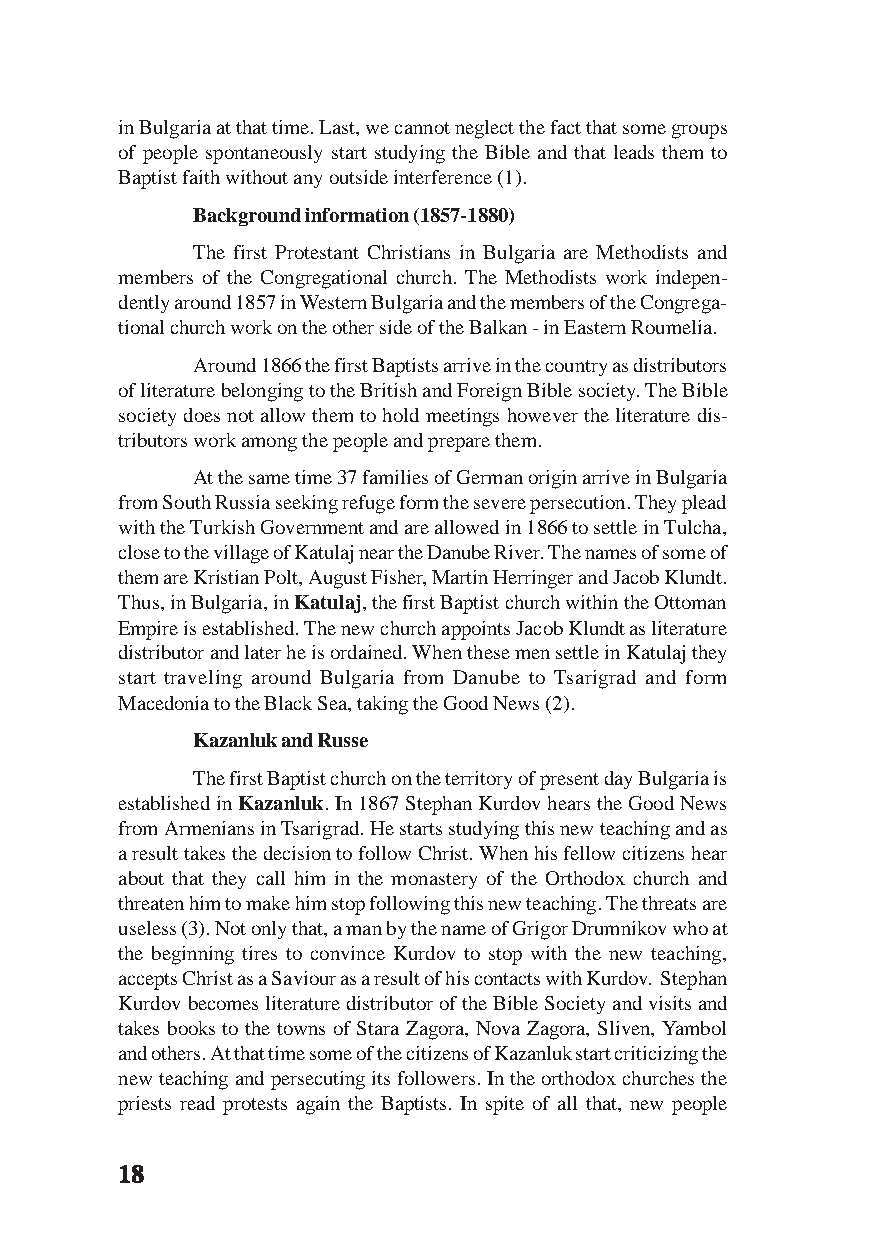
in Bulgaria at that time. Last, we cannot neglect the fact that some groups
 of people spontaneously start studying the Bible and that leads them to
 Baptist faith without any outside interference (1).
 Background information (1857-1880)
 The first Protestant Christians in Bulgaria are Methodists and
 members of the Congregational church. The Methodists work indepen-
 dently around 1857 in Western Bulgaria and the members of the Congrega-
 tional church work on the other side of the Balkan - in Eastern Roumelia.
 Around 1866 the first Baptists arrive in the country as distributors
 of literature belonging to the British and Foreign Bible society. The Bible
 society does not allow them to hold meetings however the literature dis-
 tributors work among the people and prepare them.
 At the same time 37 families of German origin arrive in Bulgaria
 from South Russia seeking refuge form the severe persecution. They plead
 with the Turkish Government and are allowed in 1866 to settle in Tulcha,
 close to the village of Katulaj near the Danube River. The names of some of
 them are Kristian Polt, August Fisher, Martin Herringer and Jacob Klundt.
 Thus, in Bulgaria, in Katulaj, the first Baptist church within the Ottoman
 Empire is established. The new church appoints Jacob Klundt as literature
 distributor and later he is ordained. When these men settle in Katulaj they
 start traveling around Bulgaria from Danube to Tsarigrad and form
 Macedonia to the Black Sea, taking the Good News (2).
 Kazanluk and Russe
 The first Baptist church on the territory of present day Bulgaria is
 established in Kazanluk. In 1867 Stephan Kurdov hears the Good News
 from Armenians in Tsarigrad. He starts studying this new teaching and as
 a result takes the decision to follow Christ. When his fellow citizens hear
 about that they call him in the monastery of the Orthodox church and
 threaten him to make him stop following this new teaching. The threats are
 useless (3). Not only that, a man by the name of Grigor Drumnikov who at
 the beginning tires to convince Kurdov to stop with the new teaching,
 accepts Christ as a Saviour as a result of his contacts with Kurdov. Stephan
 Kurdov becomes literature distributor of the Bible Society and visits and
 takes books to the towns of Stara Zagora, Nova Zagora, Sliven, Yambol
 and others. At that time some of the citizens of Kazanluk start criticizing the
 new teaching and persecuting its followers. In the orthodox churches the
 priests read protests again the Baptists. In spite of all that, new people
 1111188888